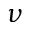
\nu